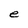
Character: e